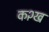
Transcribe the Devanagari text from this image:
क२ख